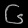
Digit: ၆